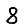
Digit: 8